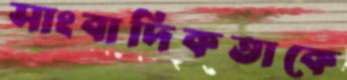
সাংবাদিকতাকে